Annual report of the Bengal Veterinary College and of the Civil Veterinary Department, Bengal, for the year 1912-1913 - 1912-1913
Year: 1912
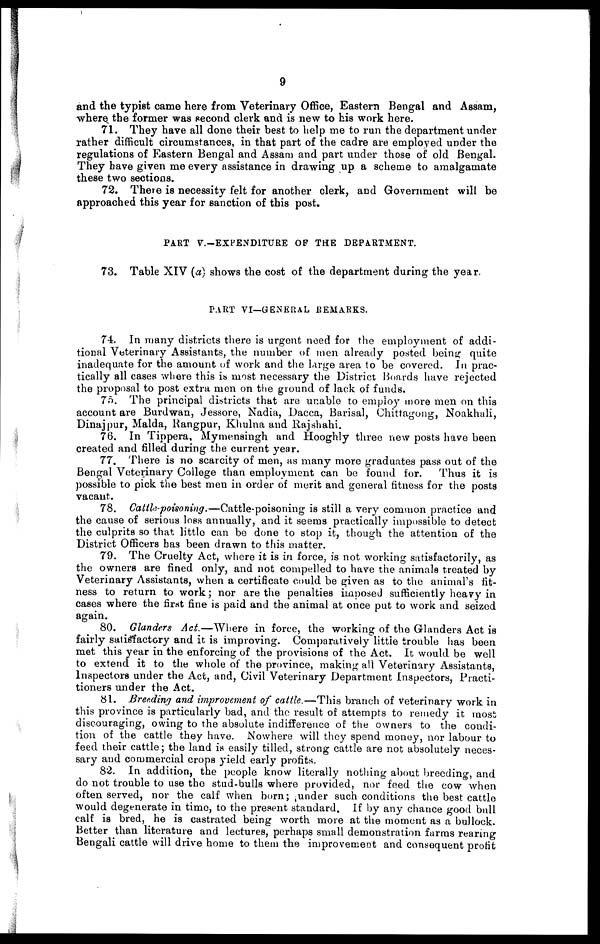
9
and the typist came here from Veterinary Office, Eastern Bengal and Assam,
where the former was second clerk and is new to his work here.
71. They have all done their best to help me to run the department under
rather difficult circumstances, in that part of the cadre are employed under the
regulations of Eastern Bengal and Assam and part under those of old Bengal.
They have given me every assistance in drawing up a scheme to amalgamate
these two sections.
72. There is necessity felt for another clerk, and Government will be
approached this year for sanction of this post.
PART V.-EXPENDITURE OP THE DEPARTMENT.
73. Table XIV (a) shows the cost of the department during the year.
PART VI—GENERAL REMARKS.
74. In many districts there is urgent need for the employment of addi-
tional Veterinary Assistants, the number of men already posted being quite
inadequate for the amount of work and the large area to be covered. In prac-
tically all cases where this is most necessary the District Boards have rejected
the proposal to post extra men on the ground of lack of funds.
75. The principal districts that are unable to employ more men on this
account are Burdwan, Jessore, Nadia, Dacca, Barisal, Chittagong, Noakhali,
Dinajpur, Malda, Rangpur, Khulna and Rajshahi.
76. In Tippera, Mymensingh and Hooghly three new posts have been
created and filled during the current year.
77. There is no scarcity of men, as many more graduates pass out of the
Bengal Veterinary College than employment can be found for.
Thus it is
possible to pick the best men in order of merit and general fitness for the posts
vacant.
78. Cattle-poisoning.—Cattle-poisoning is still a very common practice and
the cause of serious loss annually, and it seems practically impossible to detect
the culprits so that little can be done to stop it, though the attention of the
District Officers has been drawn to this matter.
79. The Cruelty Act, where it is in force, is not working satisfactorily, as
the owners are fined only, and not compelled to have the animals treated by
Veterinary Assistants, when a certificate could be given as to the animal's fit-
ness to return to work; nor are the penalties imposed sufficiently heavy in
cases where the first fine is paid and the animal at once put to work and seized
again.
80. Glanders Act.—Where in force, the working of the Glanders Act is
fairly satisfactory and it is improving. Comparatively little trouble has been
met this year in the enforcing of the provisions of the Act. It would be well
to extend it to the whole of the province, making all Veterinary Assistants,
Inspectors under the Act, and, Civil Veterinary Department Inspectors, Practi-
tioners under the Act.
81. Breading and improvement of cattle.—This branch of veterinary work in
this province is particularly bad, and the result of attempts to remedy it most
discouraging, owing to the absolute indifference of the owners to the condi-
tion of the cattle they have. Nowhere will they spend money, nor labour to
feed their cattle; the land is easily tilled, strong cattle are not absolutely neces-
sary and commercial crops yield early profits.
82. In addition, the people know literally nothing about breeding, and
do not trouble to use the stud-bulls where provided, nor feed the cow when
often served, nor the calf when born; under such conditions the best cattle
would degenerate in time, to the present standard. If by any chance good bull
calf is bred, he is castrated being worth more at the moment as a bullock.
Better than literature and lectures, perhaps small demonstration farms rearing
Bengali cattle will drive home to them the improvement and consequent profit